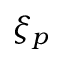
\xi _ { p }